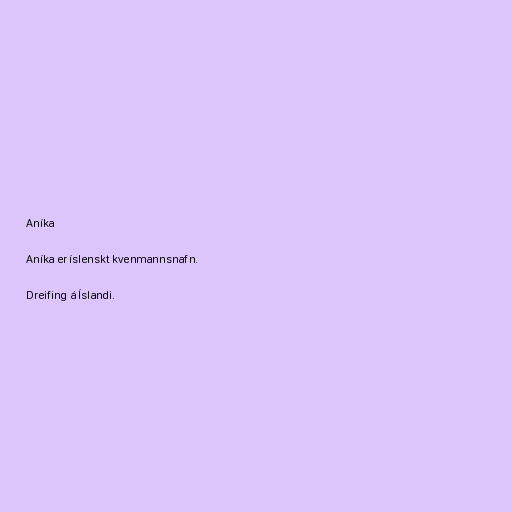
Aníka

Aníka er íslenskt kvenmannsnafn.

Dreifing á Íslandi.